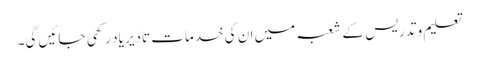
تعلیم و تدریس کے شعبہ میں ان کی خدمات تادیر یاد رکھی جائیں گی۔